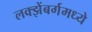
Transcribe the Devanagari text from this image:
लक्झेंबर्गमध्ये